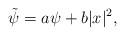
LaTeX: \begin{align*} \tilde \psi =a \psi + b|x|^2, \end{align*}